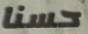
حسنا